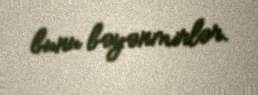
bunu bəyənmirlər.